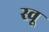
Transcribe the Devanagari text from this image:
स्वू